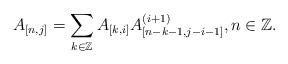
LaTeX: \begin{align*}A_{[n,j]}=\sum_{k\in\mathbb{Z}}A_{[k,i]} A_{[n-k-1,j-i-1]}^{(i+1)},n\in\mathbb{Z}.\end{align*}